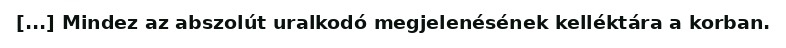
[...] Mindez az abszolút uralkodó megjelenésének kelléktára a korban.